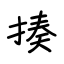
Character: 揍